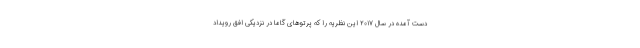
دست آمده در سال ۲۰۱۷ این نظریه را که پرتوهای گاما در نزدیکی افق رویداد